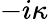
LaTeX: -i\kappa